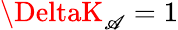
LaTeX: \DeltaK_{\mathscr{A}}=1